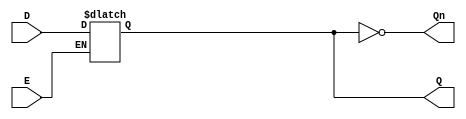
module async_gated_latch (
    input wire D,      // Data input
    input wire E,      // Enable/control signal
    output reg Q,      // Output
    output wire Qn     // Inverted output
);

// Invert the output Q for Qn
assign Qn = ~Q;

// Always block to implement the latch behavior
always @(*) begin
    if (E) begin
        Q = D;  // When E is high, Q follows D
    end
    // When E is low, Q retains its previous value
end

endmodule